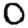
Digit: 0